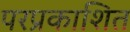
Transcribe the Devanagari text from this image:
परप्रकाशित